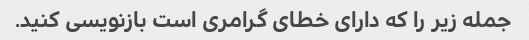
جمله زیر را که دارای خطای گرامری است بازنویسی کنید.